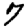
Digit: 7